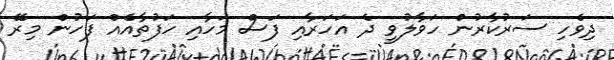
ދިވެހި ސަރުކާރުން ހަވާލުވީ ދެ އަހަރާއި ފަސް މަހާއި ހަފުތާއެއް ފަހުން މިރޭ